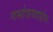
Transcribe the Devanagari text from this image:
गर्भाशयदर्शन